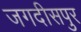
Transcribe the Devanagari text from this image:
जगदीसपुर